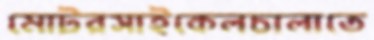
মোটরসাইকেলচালাতে